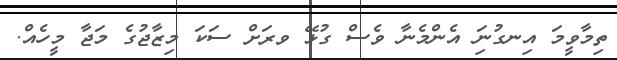
ތިމާވީމަ އިނގުނަި އެންމެނާ ވެސް ގުޅޭ ވރަށް ސަކަ މިޒާޖުގެ މަޖާ މީހެއް.